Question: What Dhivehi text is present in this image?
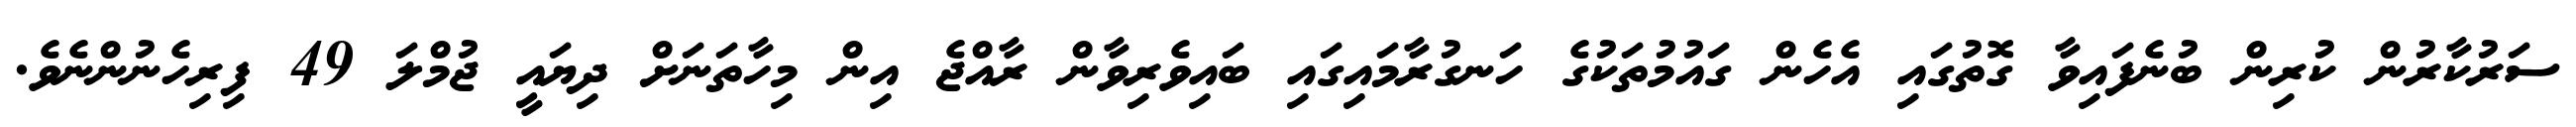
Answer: ސަރުކާރުން ކުރިން ބުނެފައިވާ ގޮތުގައި އެހެން ގައުމުތަކުގެ ހަނގުރާމައިގައި ބައިވެރިވާން ރާއްޖެ އިން މިހާތަނަށް ދިޔައީ ޖުމްލަ 49 ފިރިހެނުންނެވެ.